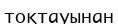
тоқтауынан